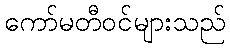
ကော်မတီဝင်များသည်